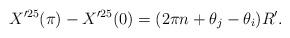
LaTeX: \begin{align*}X'^{25}(\pi) - X'^{25}(0) = (2\pi n + \theta_j - \theta_i) R'.\end{align*}